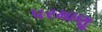
પરમાણૂ